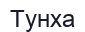
Тунха